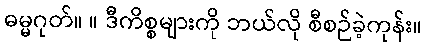
ဓမ္မဂုတ်။ ။ ဒီကိစ္စများကို ဘယ်လို စီစဉ်ခဲ့ကုန်း။